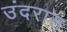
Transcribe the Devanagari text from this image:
उंदरास